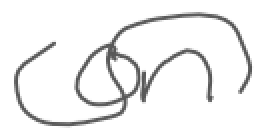
Text: on
Cross-out: wave
Writing tool: digital_gray